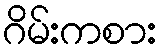
ဂိမ်းကစား